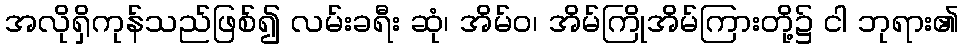
အလိုရှိကုန်သည်ဖြစ်၍ လမ်းခရီး ဆုံ၊ အိမ်ဝ၊ အိမ်ကြိုအိမ်ကြားတို့၌ ငါ ဘုရား၏